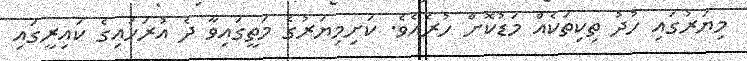
މިޔަރުގައި ހުދު ތިކިތަކެއް މަޑުކޮށް ހުރެއެވެ. ކަށިމިޔަރުގެ މަތީގައިވާ ދެ އުރަހައިގެ ކައިރީގައި